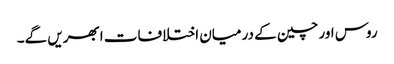
روس اور چین کے درمیان اختلافات ابھریں گے۔